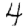
Digit: 4